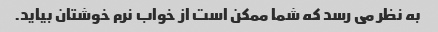
به نظر می رسد که شما ممکن است از خواب نرم خوشتان بیاید.